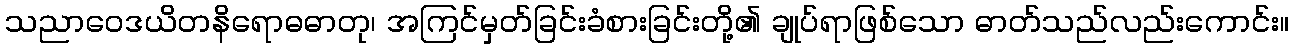
သညာဝေဒယိတနိရောဓဓာတု၊ အကြင်မှတ်ခြင်းခံစားခြင်းတို့၏ ချုပ်ရာဖြစ်သော ဓာတ်သည်လည်းကောင်း။